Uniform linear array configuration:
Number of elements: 12
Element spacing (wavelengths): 0.5
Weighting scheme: blackman
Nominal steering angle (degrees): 30
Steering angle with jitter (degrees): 30.027
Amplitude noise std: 0.05
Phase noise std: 0.05

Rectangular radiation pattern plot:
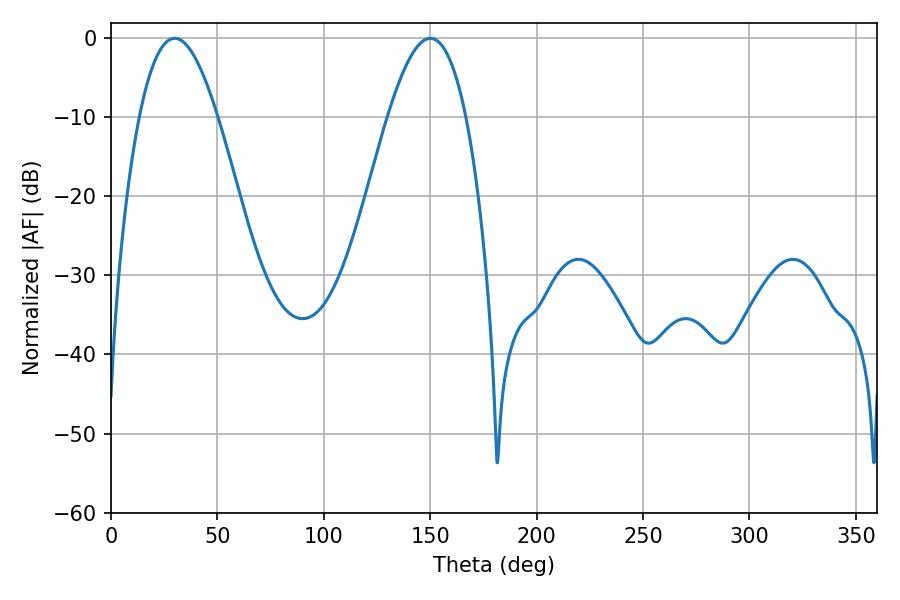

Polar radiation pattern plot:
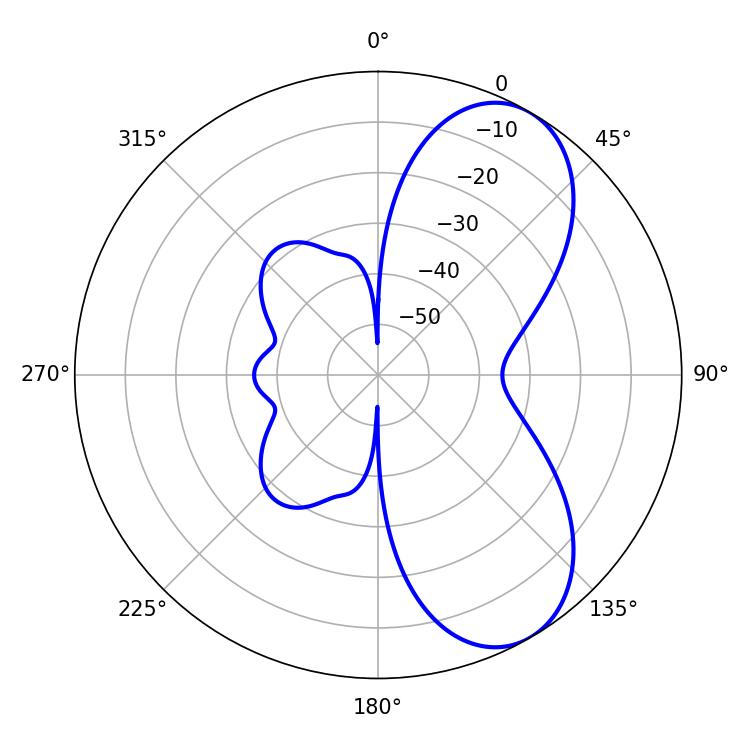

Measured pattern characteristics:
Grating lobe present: FALSE
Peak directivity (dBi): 7.156
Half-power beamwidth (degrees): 19.98
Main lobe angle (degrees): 29.88